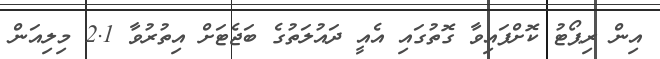
އިން ރިޕޯޓު ކޮށްފައިވާ ގޮތުގައި އެއީ ދައުލަތުގެ ބަޖެޓަށް އިތުރުވާ 2.1 މިލިއަން